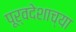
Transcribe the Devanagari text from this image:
पूर्वदेशाच्या